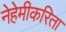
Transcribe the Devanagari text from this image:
नेहेमीकरिता